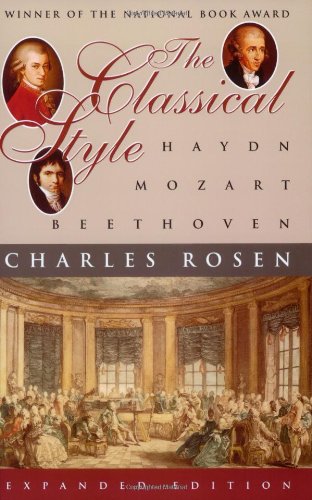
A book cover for The Classical Style: Haydn, Mozart, Beethoven (Expanded Edition); Charles Rosen; Humor & Entertainment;